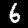
Label: 6